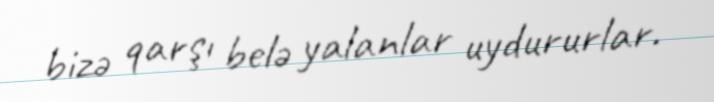
bizə qarşı belə yalanlar uydururlar.